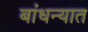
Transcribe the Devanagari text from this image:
बांधन्यात